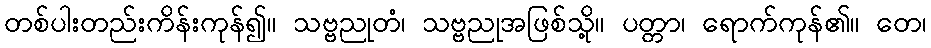
တစ်ပါးတည်းကိန်းကုန်၍။ သဗ္ဗညုတံ၊ သဗ္ဗညုအဖြစ်သို့။ ပတ္တာ၊ ရောက်ကုန်၏။ တေ၊